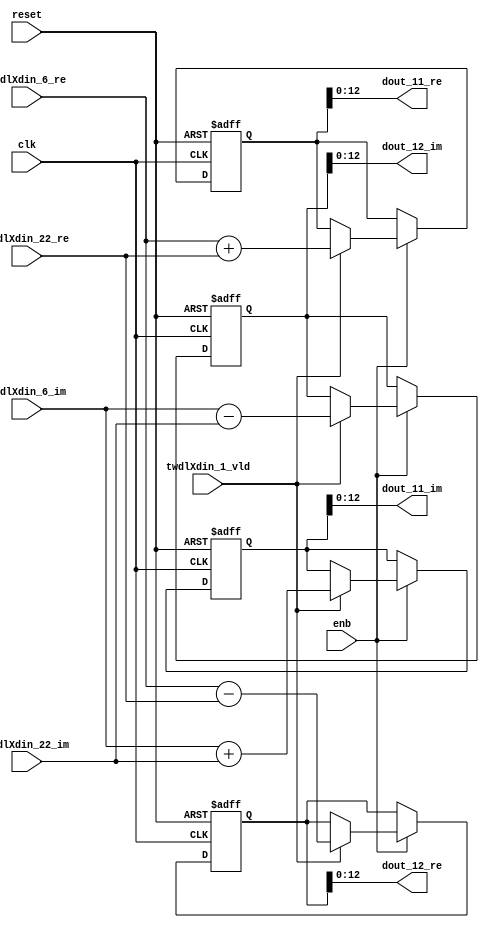
// -------------------------------------------------------------
// 
// 
// Generated by MATLAB 9.14 and HDL Coder 4.1
// 
// -------------------------------------------------------------


// -------------------------------------------------------------
// 
// Module: RADIX22FFT_SDNF1_1_block4
// Source Path: RSP/RSP/Velocity Processor/Doppler Processing/Doppler Processor/FFT/RADIX22FFT_SDNF1_1
// Hierarchy Level: 5
// 
// -------------------------------------------------------------

`timescale 1 ns / 1 ns

module RADIX22FFT_SDNF1_1_block4
          (clk,
           reset,
           enb,
           twdlXdin_6_re,
           twdlXdin_6_im,
           twdlXdin_22_re,
           twdlXdin_22_im,
           twdlXdin_1_vld,
           dout_11_re,
           dout_11_im,
           dout_12_re,
           dout_12_im);


  input   clk;
  input   reset;
  input   enb;
  input   signed [12:0] twdlXdin_6_re;  // sfix13_En10
  input   signed [12:0] twdlXdin_6_im;  // sfix13_En10
  input   signed [12:0] twdlXdin_22_re;  // sfix13_En10
  input   signed [12:0] twdlXdin_22_im;  // sfix13_En10
  input   twdlXdin_1_vld;
  output  signed [12:0] dout_11_re;  // sfix13_En10
  output  signed [12:0] dout_11_im;  // sfix13_En10
  output  signed [12:0] dout_12_re;  // sfix13_En10
  output  signed [12:0] dout_12_im;  // sfix13_En10


  reg signed [13:0] Radix22ButterflyG1_NF_btf1_re_reg;  // sfix14
  reg signed [13:0] Radix22ButterflyG1_NF_btf1_im_reg;  // sfix14
  reg signed [13:0] Radix22ButterflyG1_NF_btf2_re_reg;  // sfix14
  reg signed [13:0] Radix22ButterflyG1_NF_btf2_im_reg;  // sfix14
  reg  Radix22ButterflyG1_NF_dinXtwdl_vld_dly1;
  reg signed [13:0] Radix22ButterflyG1_NF_btf1_re_reg_next;  // sfix14_En10
  reg signed [13:0] Radix22ButterflyG1_NF_btf1_im_reg_next;  // sfix14_En10
  reg signed [13:0] Radix22ButterflyG1_NF_btf2_re_reg_next;  // sfix14_En10
  reg signed [13:0] Radix22ButterflyG1_NF_btf2_im_reg_next;  // sfix14_En10
  reg  Radix22ButterflyG1_NF_dinXtwdl_vld_dly1_next;
  reg signed [12:0] dout_11_re_1;  // sfix13_En10
  reg signed [12:0] dout_11_im_1;  // sfix13_En10
  reg signed [12:0] dout_12_re_1;  // sfix13_En10
  reg signed [12:0] dout_12_im_1;  // sfix13_En10
  reg  dout_11_vld;
  reg signed [13:0] Radix22ButterflyG1_NF_add_cast;  // sfix14_En10
  reg signed [13:0] Radix22ButterflyG1_NF_add_cast_0;  // sfix14_En10
  reg signed [13:0] Radix22ButterflyG1_NF_sub_cast;  // sfix14_En10
  reg signed [13:0] Radix22ButterflyG1_NF_sub_cast_0;  // sfix14_En10
  reg signed [13:0] Radix22ButterflyG1_NF_add_cast_1;  // sfix14_En10
  reg signed [13:0] Radix22ButterflyG1_NF_add_cast_2;  // sfix14_En10
  reg signed [13:0] Radix22ButterflyG1_NF_sub_cast_1;  // sfix14_En10
  reg signed [13:0] Radix22ButterflyG1_NF_sub_cast_2;  // sfix14_En10


  // Radix22ButterflyG1_NF
  always @(posedge clk or posedge reset)
    begin : Radix22ButterflyG1_NF_process
      if (reset == 1'b1) begin
        Radix22ButterflyG1_NF_btf1_re_reg <= 14'sb00000000000000;
        Radix22ButterflyG1_NF_btf1_im_reg <= 14'sb00000000000000;
        Radix22ButterflyG1_NF_btf2_re_reg <= 14'sb00000000000000;
        Radix22ButterflyG1_NF_btf2_im_reg <= 14'sb00000000000000;
        Radix22ButterflyG1_NF_dinXtwdl_vld_dly1 <= 1'b0;
      end
      else begin
        if (enb) begin
          Radix22ButterflyG1_NF_btf1_re_reg <= Radix22ButterflyG1_NF_btf1_re_reg_next;
          Radix22ButterflyG1_NF_btf1_im_reg <= Radix22ButterflyG1_NF_btf1_im_reg_next;
          Radix22ButterflyG1_NF_btf2_re_reg <= Radix22ButterflyG1_NF_btf2_re_reg_next;
          Radix22ButterflyG1_NF_btf2_im_reg <= Radix22ButterflyG1_NF_btf2_im_reg_next;
          Radix22ButterflyG1_NF_dinXtwdl_vld_dly1 <= Radix22ButterflyG1_NF_dinXtwdl_vld_dly1_next;
        end
      end
    end

  always @(Radix22ButterflyG1_NF_btf1_im_reg, Radix22ButterflyG1_NF_btf1_re_reg,
       Radix22ButterflyG1_NF_btf2_im_reg, Radix22ButterflyG1_NF_btf2_re_reg,
       Radix22ButterflyG1_NF_dinXtwdl_vld_dly1, twdlXdin_1_vld, twdlXdin_22_im,
       twdlXdin_22_re, twdlXdin_6_im, twdlXdin_6_re) begin
    Radix22ButterflyG1_NF_add_cast = 14'sb00000000000000;
    Radix22ButterflyG1_NF_add_cast_0 = 14'sb00000000000000;
    Radix22ButterflyG1_NF_sub_cast = 14'sb00000000000000;
    Radix22ButterflyG1_NF_sub_cast_0 = 14'sb00000000000000;
    Radix22ButterflyG1_NF_add_cast_1 = 14'sb00000000000000;
    Radix22ButterflyG1_NF_add_cast_2 = 14'sb00000000000000;
    Radix22ButterflyG1_NF_sub_cast_1 = 14'sb00000000000000;
    Radix22ButterflyG1_NF_sub_cast_2 = 14'sb00000000000000;
    Radix22ButterflyG1_NF_btf1_re_reg_next = Radix22ButterflyG1_NF_btf1_re_reg;
    Radix22ButterflyG1_NF_btf1_im_reg_next = Radix22ButterflyG1_NF_btf1_im_reg;
    Radix22ButterflyG1_NF_btf2_re_reg_next = Radix22ButterflyG1_NF_btf2_re_reg;
    Radix22ButterflyG1_NF_btf2_im_reg_next = Radix22ButterflyG1_NF_btf2_im_reg;
    Radix22ButterflyG1_NF_dinXtwdl_vld_dly1_next = twdlXdin_1_vld;
    if (twdlXdin_1_vld) begin
      Radix22ButterflyG1_NF_add_cast = {twdlXdin_6_re[12], twdlXdin_6_re};
      Radix22ButterflyG1_NF_add_cast_0 = {twdlXdin_22_re[12], twdlXdin_22_re};
      Radix22ButterflyG1_NF_btf1_re_reg_next = Radix22ButterflyG1_NF_add_cast + Radix22ButterflyG1_NF_add_cast_0;
      Radix22ButterflyG1_NF_sub_cast = {twdlXdin_6_re[12], twdlXdin_6_re};
      Radix22ButterflyG1_NF_sub_cast_0 = {twdlXdin_22_re[12], twdlXdin_22_re};
      Radix22ButterflyG1_NF_btf2_re_reg_next = Radix22ButterflyG1_NF_sub_cast - Radix22ButterflyG1_NF_sub_cast_0;
      Radix22ButterflyG1_NF_add_cast_1 = {twdlXdin_6_im[12], twdlXdin_6_im};
      Radix22ButterflyG1_NF_add_cast_2 = {twdlXdin_22_im[12], twdlXdin_22_im};
      Radix22ButterflyG1_NF_btf1_im_reg_next = Radix22ButterflyG1_NF_add_cast_1 + Radix22ButterflyG1_NF_add_cast_2;
      Radix22ButterflyG1_NF_sub_cast_1 = {twdlXdin_6_im[12], twdlXdin_6_im};
      Radix22ButterflyG1_NF_sub_cast_2 = {twdlXdin_22_im[12], twdlXdin_22_im};
      Radix22ButterflyG1_NF_btf2_im_reg_next = Radix22ButterflyG1_NF_sub_cast_1 - Radix22ButterflyG1_NF_sub_cast_2;
    end
    dout_11_re_1 = Radix22ButterflyG1_NF_btf1_re_reg[12:0];
    dout_11_im_1 = Radix22ButterflyG1_NF_btf1_im_reg[12:0];
    dout_12_re_1 = Radix22ButterflyG1_NF_btf2_re_reg[12:0];
    dout_12_im_1 = Radix22ButterflyG1_NF_btf2_im_reg[12:0];
    dout_11_vld = Radix22ButterflyG1_NF_dinXtwdl_vld_dly1;
  end



  assign dout_11_re = dout_11_re_1;

  assign dout_11_im = dout_11_im_1;

  assign dout_12_re = dout_12_re_1;

  assign dout_12_im = dout_12_im_1;

endmodule  // RADIX22FFT_SDNF1_1_block4